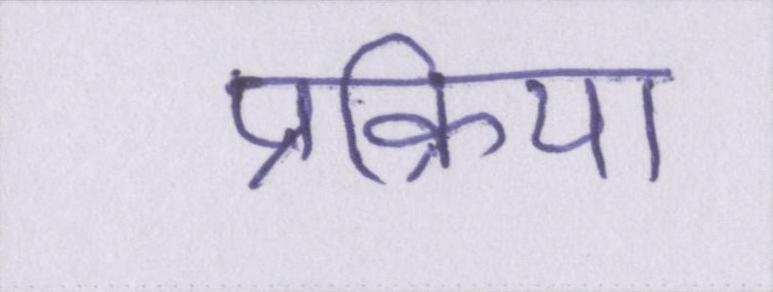
प्रक्रिया